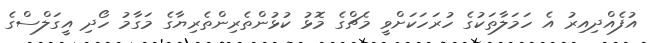
އުފެއްދިއިރު އެ ހަމަލާތަކުގެ ހުރަހަކަށްވީ މެޗްގެ މޮޅު ކުޅުންތެރިންތެރިޔާގެ މަގާމު ހޯދި އީގަލްސްގެ